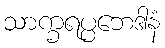
သာက္ခရပ္ပဘေဒါနံ